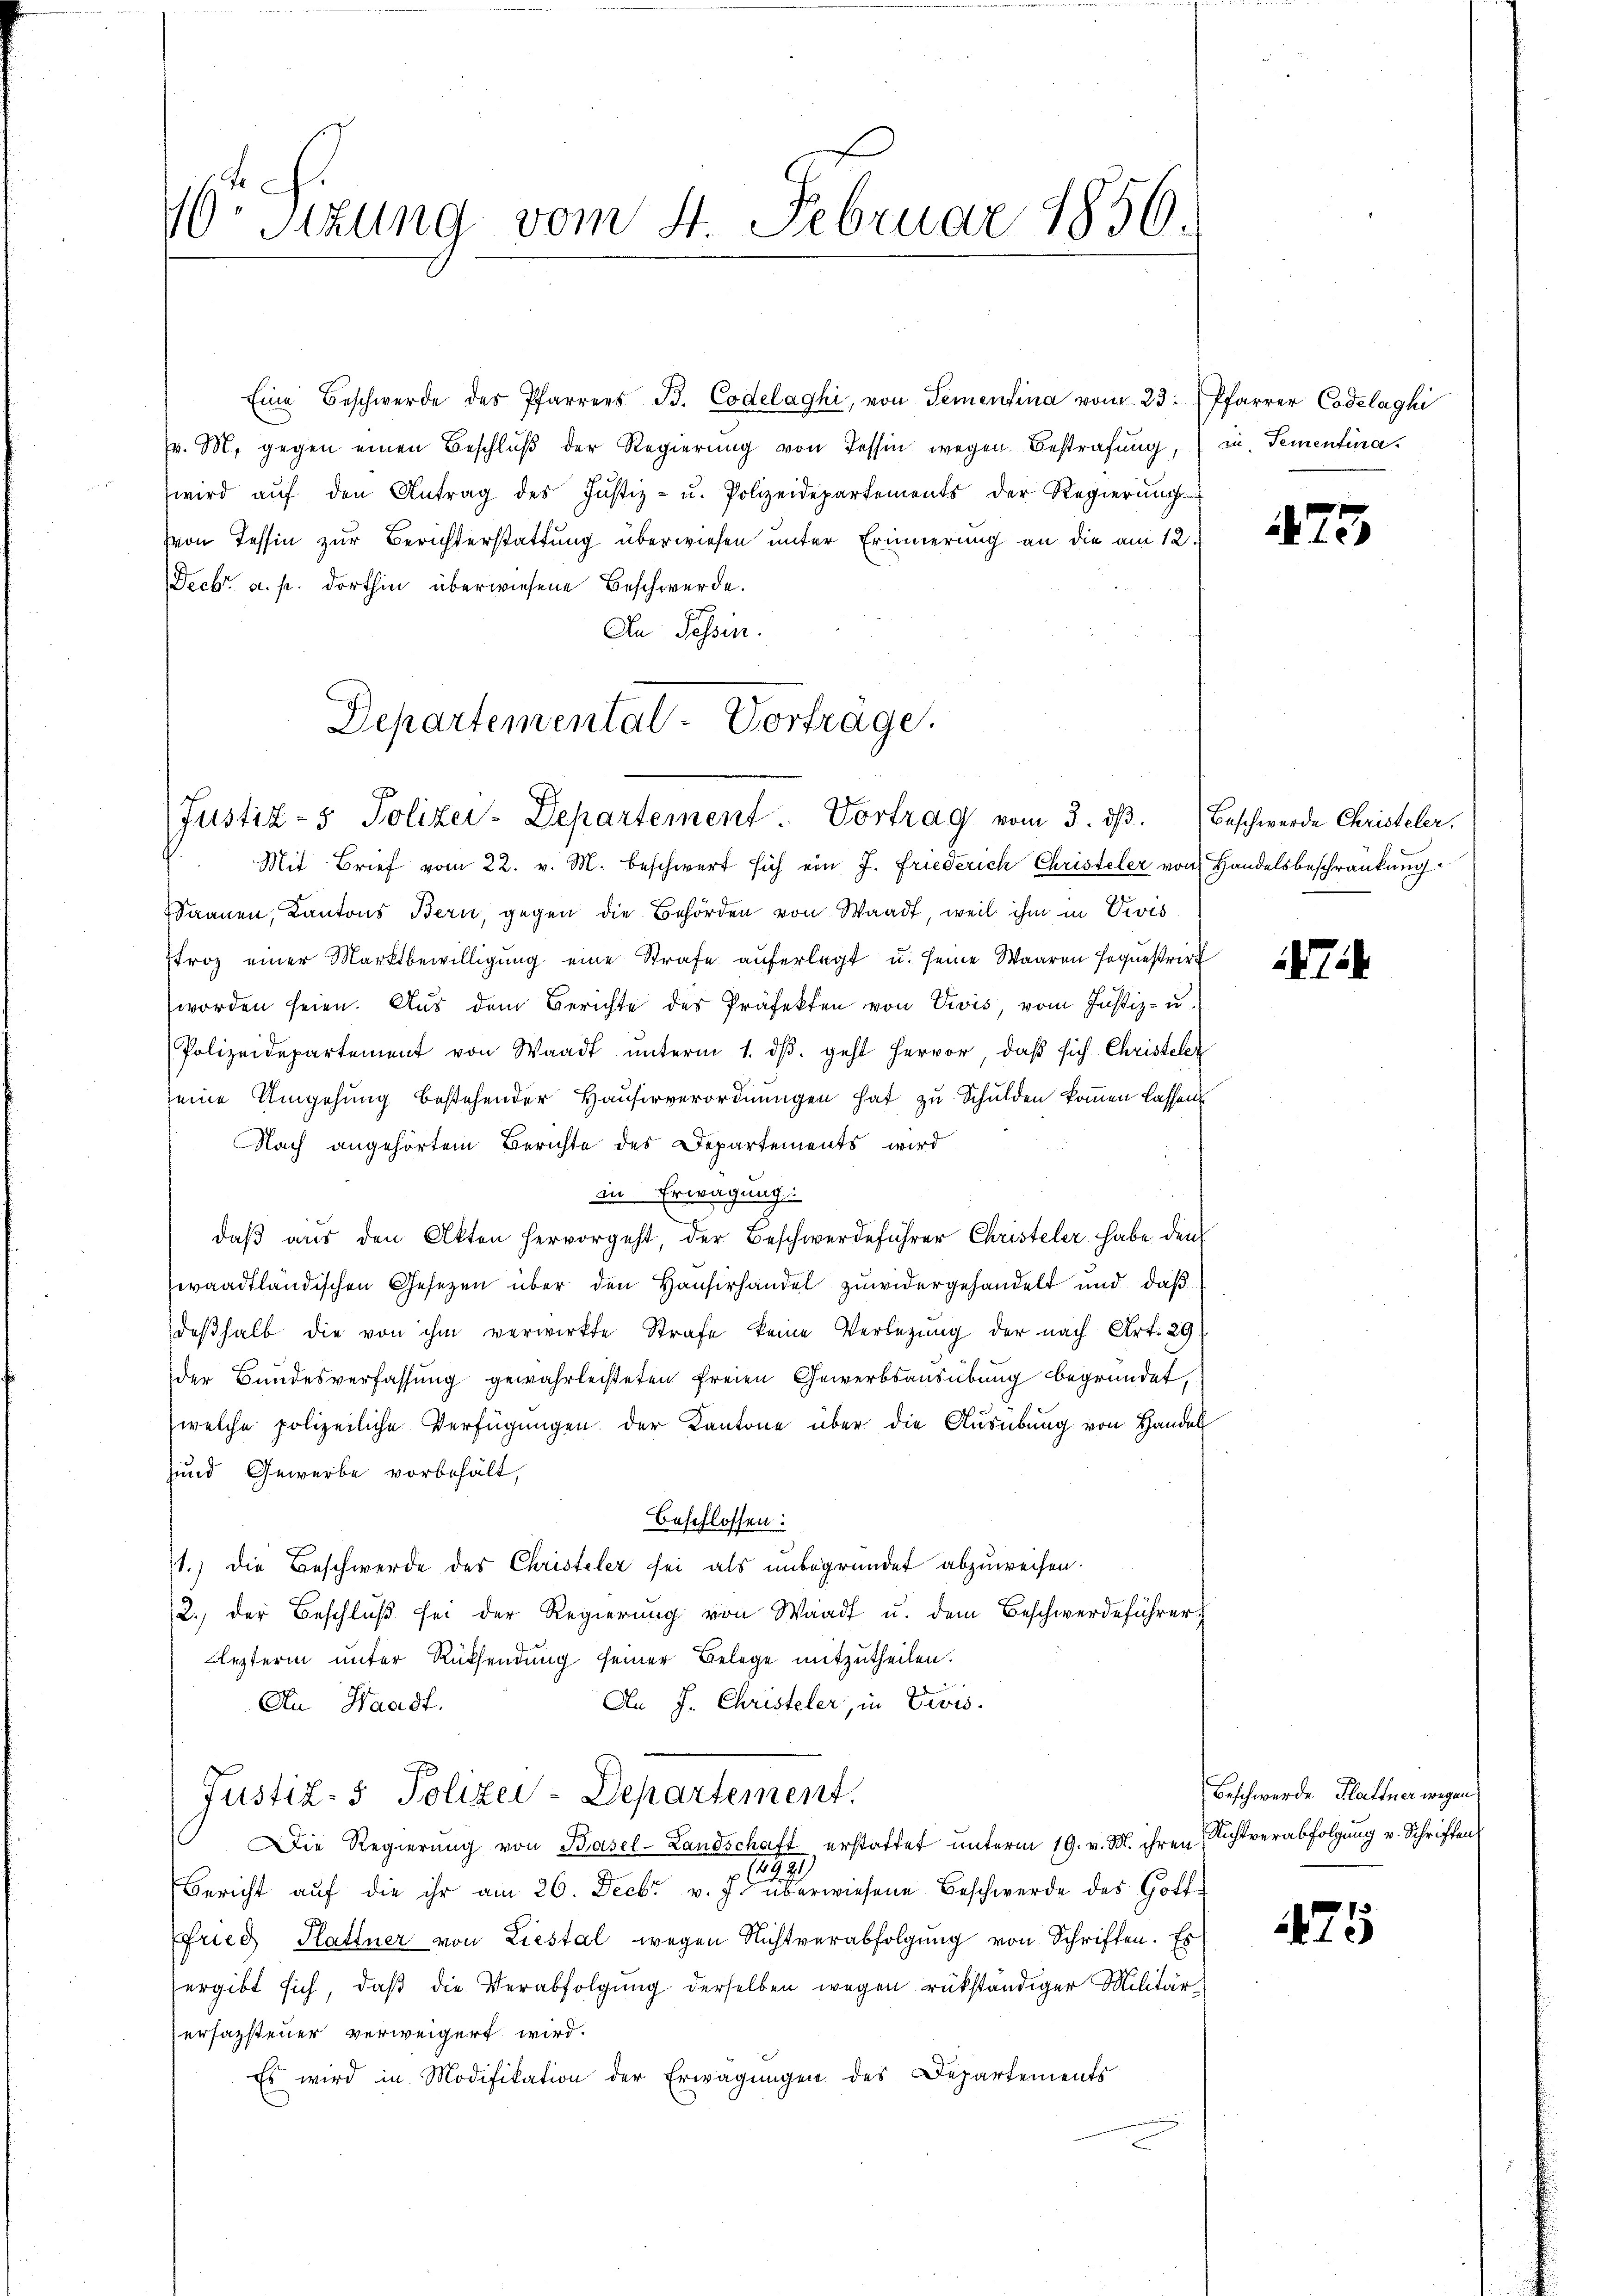
10. Sizung vom 4. Februar 1856.

Departemental-Vortrage.
Justiz- & Polizei-Departement. Vortrag vom 3. dβ. Beschwerde Christeler.

Eine Beschwerde des Pfarrers B. Codelaghi, von Sementina vom 23. Pfarrer Codelaghi
v. M. gegen einen Beschlŭβ der Regierung von Tessin wegen Bestrafung, in Tementina.
wird aŭf den Antrag des Justiz- u. Polizeidepartements der Regierung
von Tessin zur Berichterstattung überwiesen unter Erinnerung an die am 12.
Decbr. a. p. dorthin überwiesene Beschwerde.
An Tessin.

Mit Brief vom 22. v. M. beschwert sich ein J. Friederich Christeler von Handelsbeschränkung
Saanen, Kantons Bern, gegen die Behörden von Waadt, weil ihm in Divis
froz einer Marktbewilligung eine Strafe auferlegt u. seine Waaren sequestrirt
worden seien. Aus dem Berichte des Präfekten von Divis, vom Justiz- u.
Polizeidepartement von Waadt ŭnterm 1. dβ. geht hervor, daβ sich Christeler
seine Umgehung bestehender Hauserverordnungen hat zu Schulden kommen lassen
Nach angehörtem Berichte des Departements wird
in Erwägung:
daβ aŭs den Akten hervorgeht, der Beschwerdeführer Christeler habe den
eraadtländischen Gesetzen über den Hauserhandel zuwidergehandelt und daß
deβhalb die von ihm verwirkte Strafe keine Verbezung der nach Art. 29
der Bundesverfassung gewahrleisteten freien Gewerbsausübung begründet,
welche polizeiliche Verfügungen. Der Kantone über die Ausübung von Handel
und Gewerbe vorbehält,
Beschlossen:
1.) Die Beschwerde des Christeler sei als unbegründet abzuweisen.
2.) Der Beschlŭβ sei der Regierŭng von Waadt u. dem Beschwerdeführer
Lezterin unter Rücksendung seiner Belege mitzutheilen.
An J. Christeler, in Divis.
An Haast.
Justiz- & Polizei-Departement.
Die Regierŭng von Basel-Landschaft erstattet unterm 19. v. M. ihren Richtverabfolgung v. Schriften
229
Bericht aŭf die ihr am 26. Decbr v. J. überwiesene Beschwerde des Gotte
fried Hattner von Liestal wegen Nichtverabfolgŭng von Schriften. Es
ergibt sich, daß die Verabfolgung derselben wegen rükständiger Militärersazsteuer verweigert wird.
Es wird in Modifikation der Erwägungen des Departements

475

Beschwerde Klaftner wegen

475